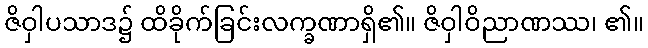
ဇိဝှါပသာဒ၌ ထိခိုက်ခြင်းလက္ခဏာရှိ၏။ ဇိဝှါဝိညာဏဿ၊ ၏။